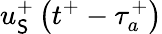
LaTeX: u_{\mathsf{S}}^{+}\left(t^{+}-\tau_{a}^{+}\right)